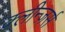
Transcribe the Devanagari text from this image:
क्लीन्ज़र्स